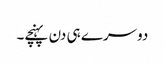
دوسرے ہی دن پہنچے۔